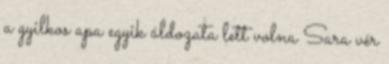
a gyilkos apa egyik áldozata lett volna Sara vér